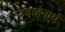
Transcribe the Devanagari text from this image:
उदाहंनार्थ